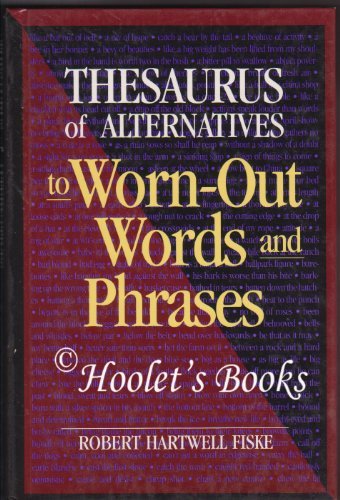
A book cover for Thesaurus of Alternatives to Worn-Out Words and Phrases; Robert Hartwell Fiske; Reference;